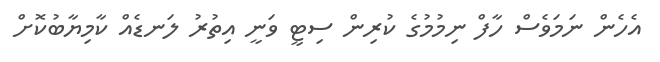
އެހެން ނަމަވެސް ހާފް ނިމުމުގެ ކުރިން ސިޓީ ވަނީ އިތުރު ލަނޑެއް ކާމިޔާބުކޮށް